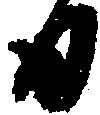
日